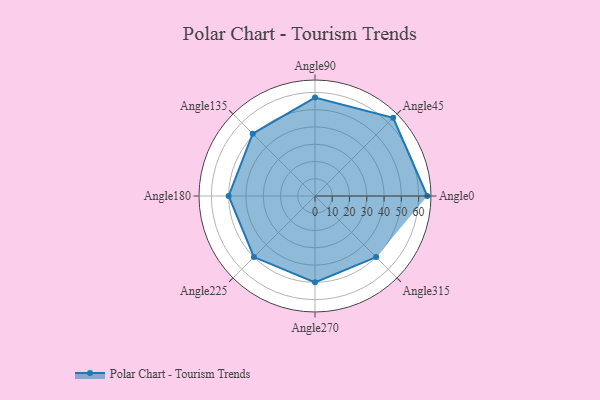
{"axis": {"x": "Angle", "y": "Radius"}, "legend": [""], "data": [{"x": "Angle0", "y": 65.0, "type": ""}, {"x": "Angle45", "y": 64.0, "type": ""}, {"x": "Angle90", "y": 57.0, "type": ""}, {"x": "Angle135", "y": 51.0, "type": ""}, {"x": "Angle180", "y": 50, "type": ""}, {"x": "Angle225", "y": 50, "type": ""}, {"x": "Angle270", "y": 50, "type": ""}, {"x": "Angle315", "y": 50, "type": ""}]}